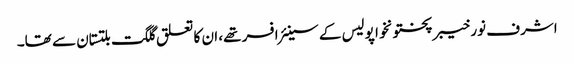
اشرف نور خیبرپختونخوا پولیس کے سینئر افسر تھے، ان کا تعلق گلگت بلتستان سے تھا۔